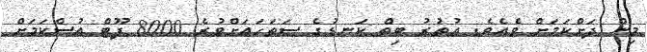
މިން ދަށްކަމަށް ވެއެވެ. އުތުރު ބިތް ކަނޑުގެ ސަތަހައަށްވުރެ 8000 ފޫޓް އުސްކަމަށް